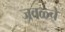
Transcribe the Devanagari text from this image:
जवळ्चे